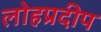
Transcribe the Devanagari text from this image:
लोहप्रदीप